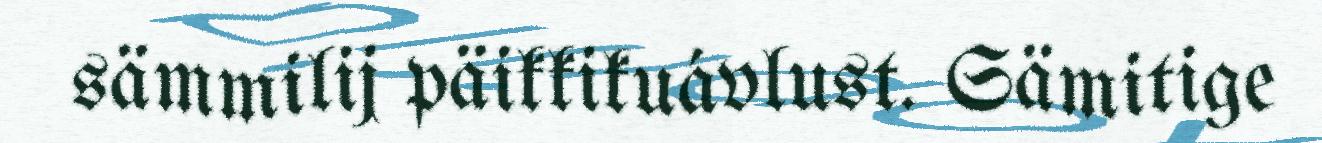
sämmilij päikkikuávlust. Sämitige